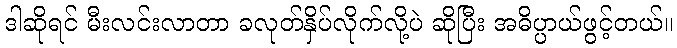
ဒါဆိုရင် မီးလင်းလာတာ ခလုတ်နှိပ်လိုက်လို့ပဲ ဆိုပြီး အဓိပ္ပာယ်ဖွင့်တယ်။